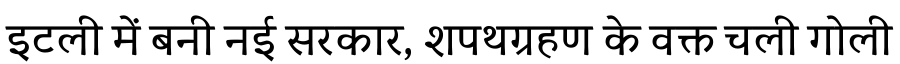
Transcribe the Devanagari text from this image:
इटली में बनी नई सरकार, शपथग्रहण के वक्त चली गोली